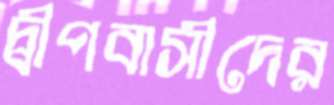
দ্বীপবাসীদের